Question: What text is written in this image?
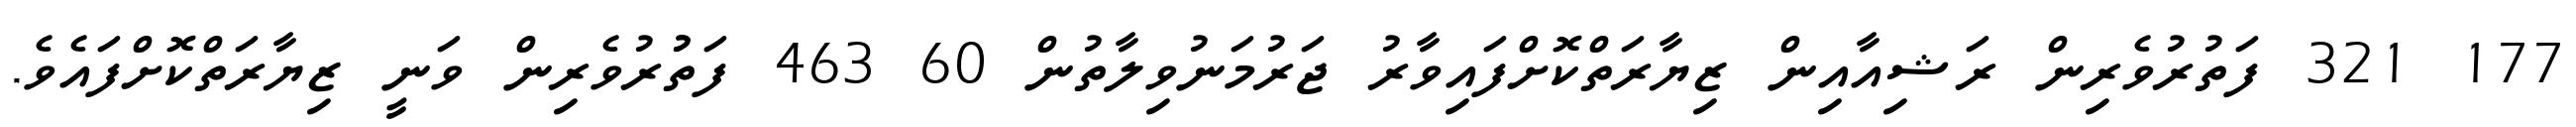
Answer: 177 321 ފަތުރުވެރިން ރަޝިއާއިން ޒިޔާރަތްކޮށްފައިވާރު ޖަރުމަނުވިލާތުން 60 463 ފަތުުރުވެރިން ވަނީ ޒިޔާރަތްކޮށްފައެވެ.